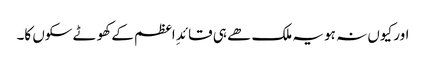
اور کیوں نہ ہو یہ ملک ھے ہی قائدِ اعظم کے کھوٹے سکوں کا۔